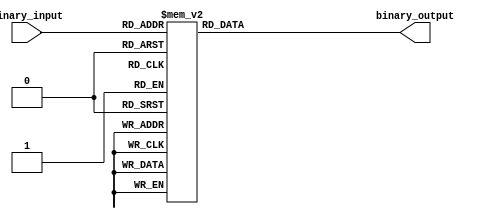
module decimal_priority_encoder(
    input [3:0] binary_input,
    output reg [2:0] binary_output
);

always @* begin
    case(binary_input)
        4'b0000: binary_output = 3'b000; //0 has highest priority
        4'b0001: binary_output = 3'b001; //1 has highest priority
        4'b0010: binary_output = 3'b010; //2 has highest priority
        4'b0011: binary_output = 3'b011; //3 has highest priority
        4'b0100: binary_output = 3'b100; //4 has highest priority
        4'b0101: binary_output = 3'b101; //5 has highest priority
        4'b0110: binary_output = 3'b110; //6 has highest priority
        4'b0111: binary_output = 3'b110; //6 has highest priority
        4'b1000: binary_output = 3'b110; //6 has highest priority
        4'b1001: binary_output = 3'b110; //6 has highest priority
        default: binary_output = 3'b111; // all other cases
    endcase
end

endmodule